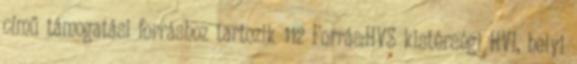
című támogatási forráshoz tartozik 112 Forrás:HVS kistérségi HVI, helyi